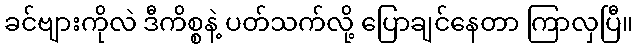
ခင်ဗျားကိုလဲ ဒီကိစ္စနဲ့ ပတ်သက်လို့ ပြောချင်နေတာ ကြာလှပြီ။